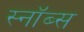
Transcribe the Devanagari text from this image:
स्नॉब्स